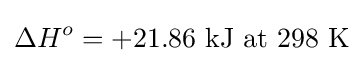
\Delta H^{o}=+21.86\ {\text{kJ at 298 K}}